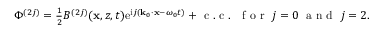
\begin{array} { r } { \Phi ^ { ( 2 j ) } = \frac { 1 } { 2 } B ^ { ( 2 j ) } ( \mathbf { x } , z , t ) \mathrm { e } ^ { \mathrm { i } j ( \mathbf { k } _ { 0 } \cdot \mathbf { x } - \omega _ { 0 } t ) } + \mathrm { ~ c ~ . ~ c ~ . ~ } ~ \mathrm { ~ f ~ o ~ r ~ } ~ j = 0 ~ \mathrm { ~ a ~ n ~ d ~ } ~ j = 2 . } \end{array}